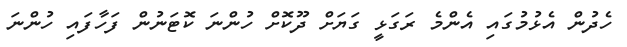
ހެދުން އެޅުމުގައި އެންމެ ރަގަޅީ ގަޔަށް ދޫކޮށް ހުންނަ ކޮޓަނުން ފަހާފައި ހުންނަ